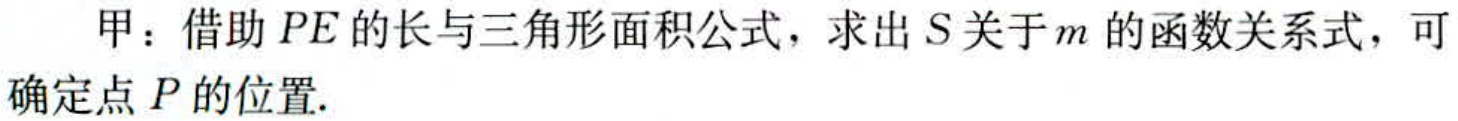
甲：借助 \(PE\) 的长与三角形面积公式，求出 \(S\) 关于 \(m\) 的函数关系式，可确定点 \(P\) 的位置.